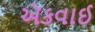
ઍકવાઈ